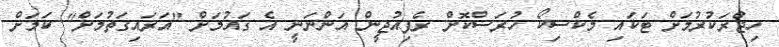
ހިޖްރަކުރުމަށް ޓަކައި މެކްސިކޯ ހުރަސްކޮށް ރެފިއުޖީން އަންނަނީ އެ ގައުމަށް "އަރައިގަތުމަށް" ކަމަށް